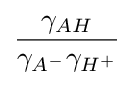
{\frac {\gamma _{AH}}{\gamma _{A^{-}}\gamma _{H^{+}}}}